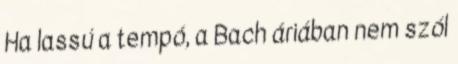
Ha lassú a tempó, a Bach áriában nem szól